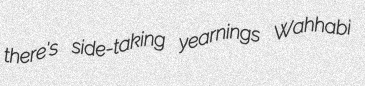
there's side-taking yearnings Wahhabi